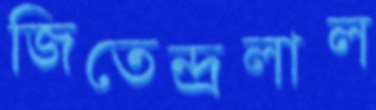
জিতেন্দ্রলাল